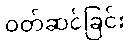
ဝတ်ဆင်ခြင်း